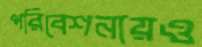
পরিবেশনায়ও